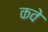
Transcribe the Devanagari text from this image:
कवे